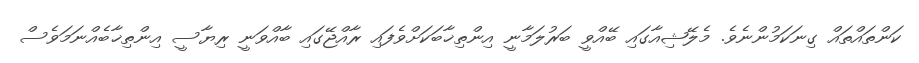
ކަންތައްތައް ގިނަކަމުންނެވެ. މެލޭޝިއާގައި ބޭއްވީ ބަރުލަމާނީ އިންތިޚާބަކަށްވެފައި ރާއްޖޭގައި ބާއްވަނީ ރިޔާސީ އިންތިޚާބެއްނަމަވެސް